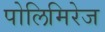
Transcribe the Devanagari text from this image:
पोलिमिरेज